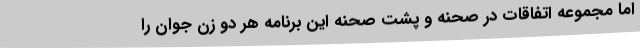
اما مجموعه اتفاقات در صحنه و پشت صحنه این برنامه هر دو زن جوان را